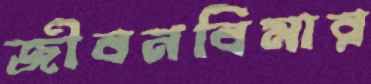
জীবনবিমার